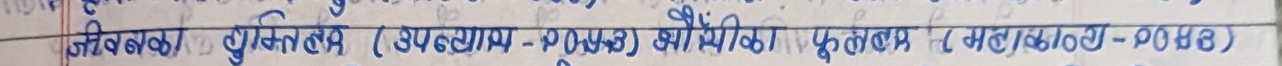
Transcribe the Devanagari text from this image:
जलविद्युत दुर्र्लित (उपद्याम -२०७३) झौंसिका फुलावन (महाकाली - २०७३)